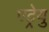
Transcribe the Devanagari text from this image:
एट्रेयु